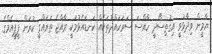
ޔާމީން ވިދާޅުވީ އިގުތިސޯދީ ހާއްސަ ސަރަހައްދުތަކެއް ކަނޑައެޅުމަކީ ރާއްޖެ ތަރައްގީ ކުރަން ޕީޕީއެމްގެ